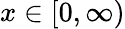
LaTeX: x\in[0,\infty)